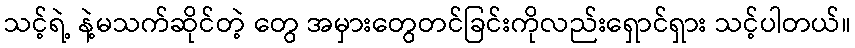
သင့်ရဲ့ နဲ့မသက်ဆိုင်တဲ့ တွေ အမှားတွေတင်ခြင်းကိုလည်းရှောင်ရှား သင့်ပါတယ်။